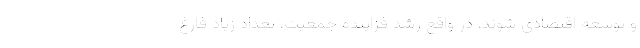
و توسعه اقتصادی شوند، در واقع رشد فزاینده جمعیت، تعداد زیاد فارغ